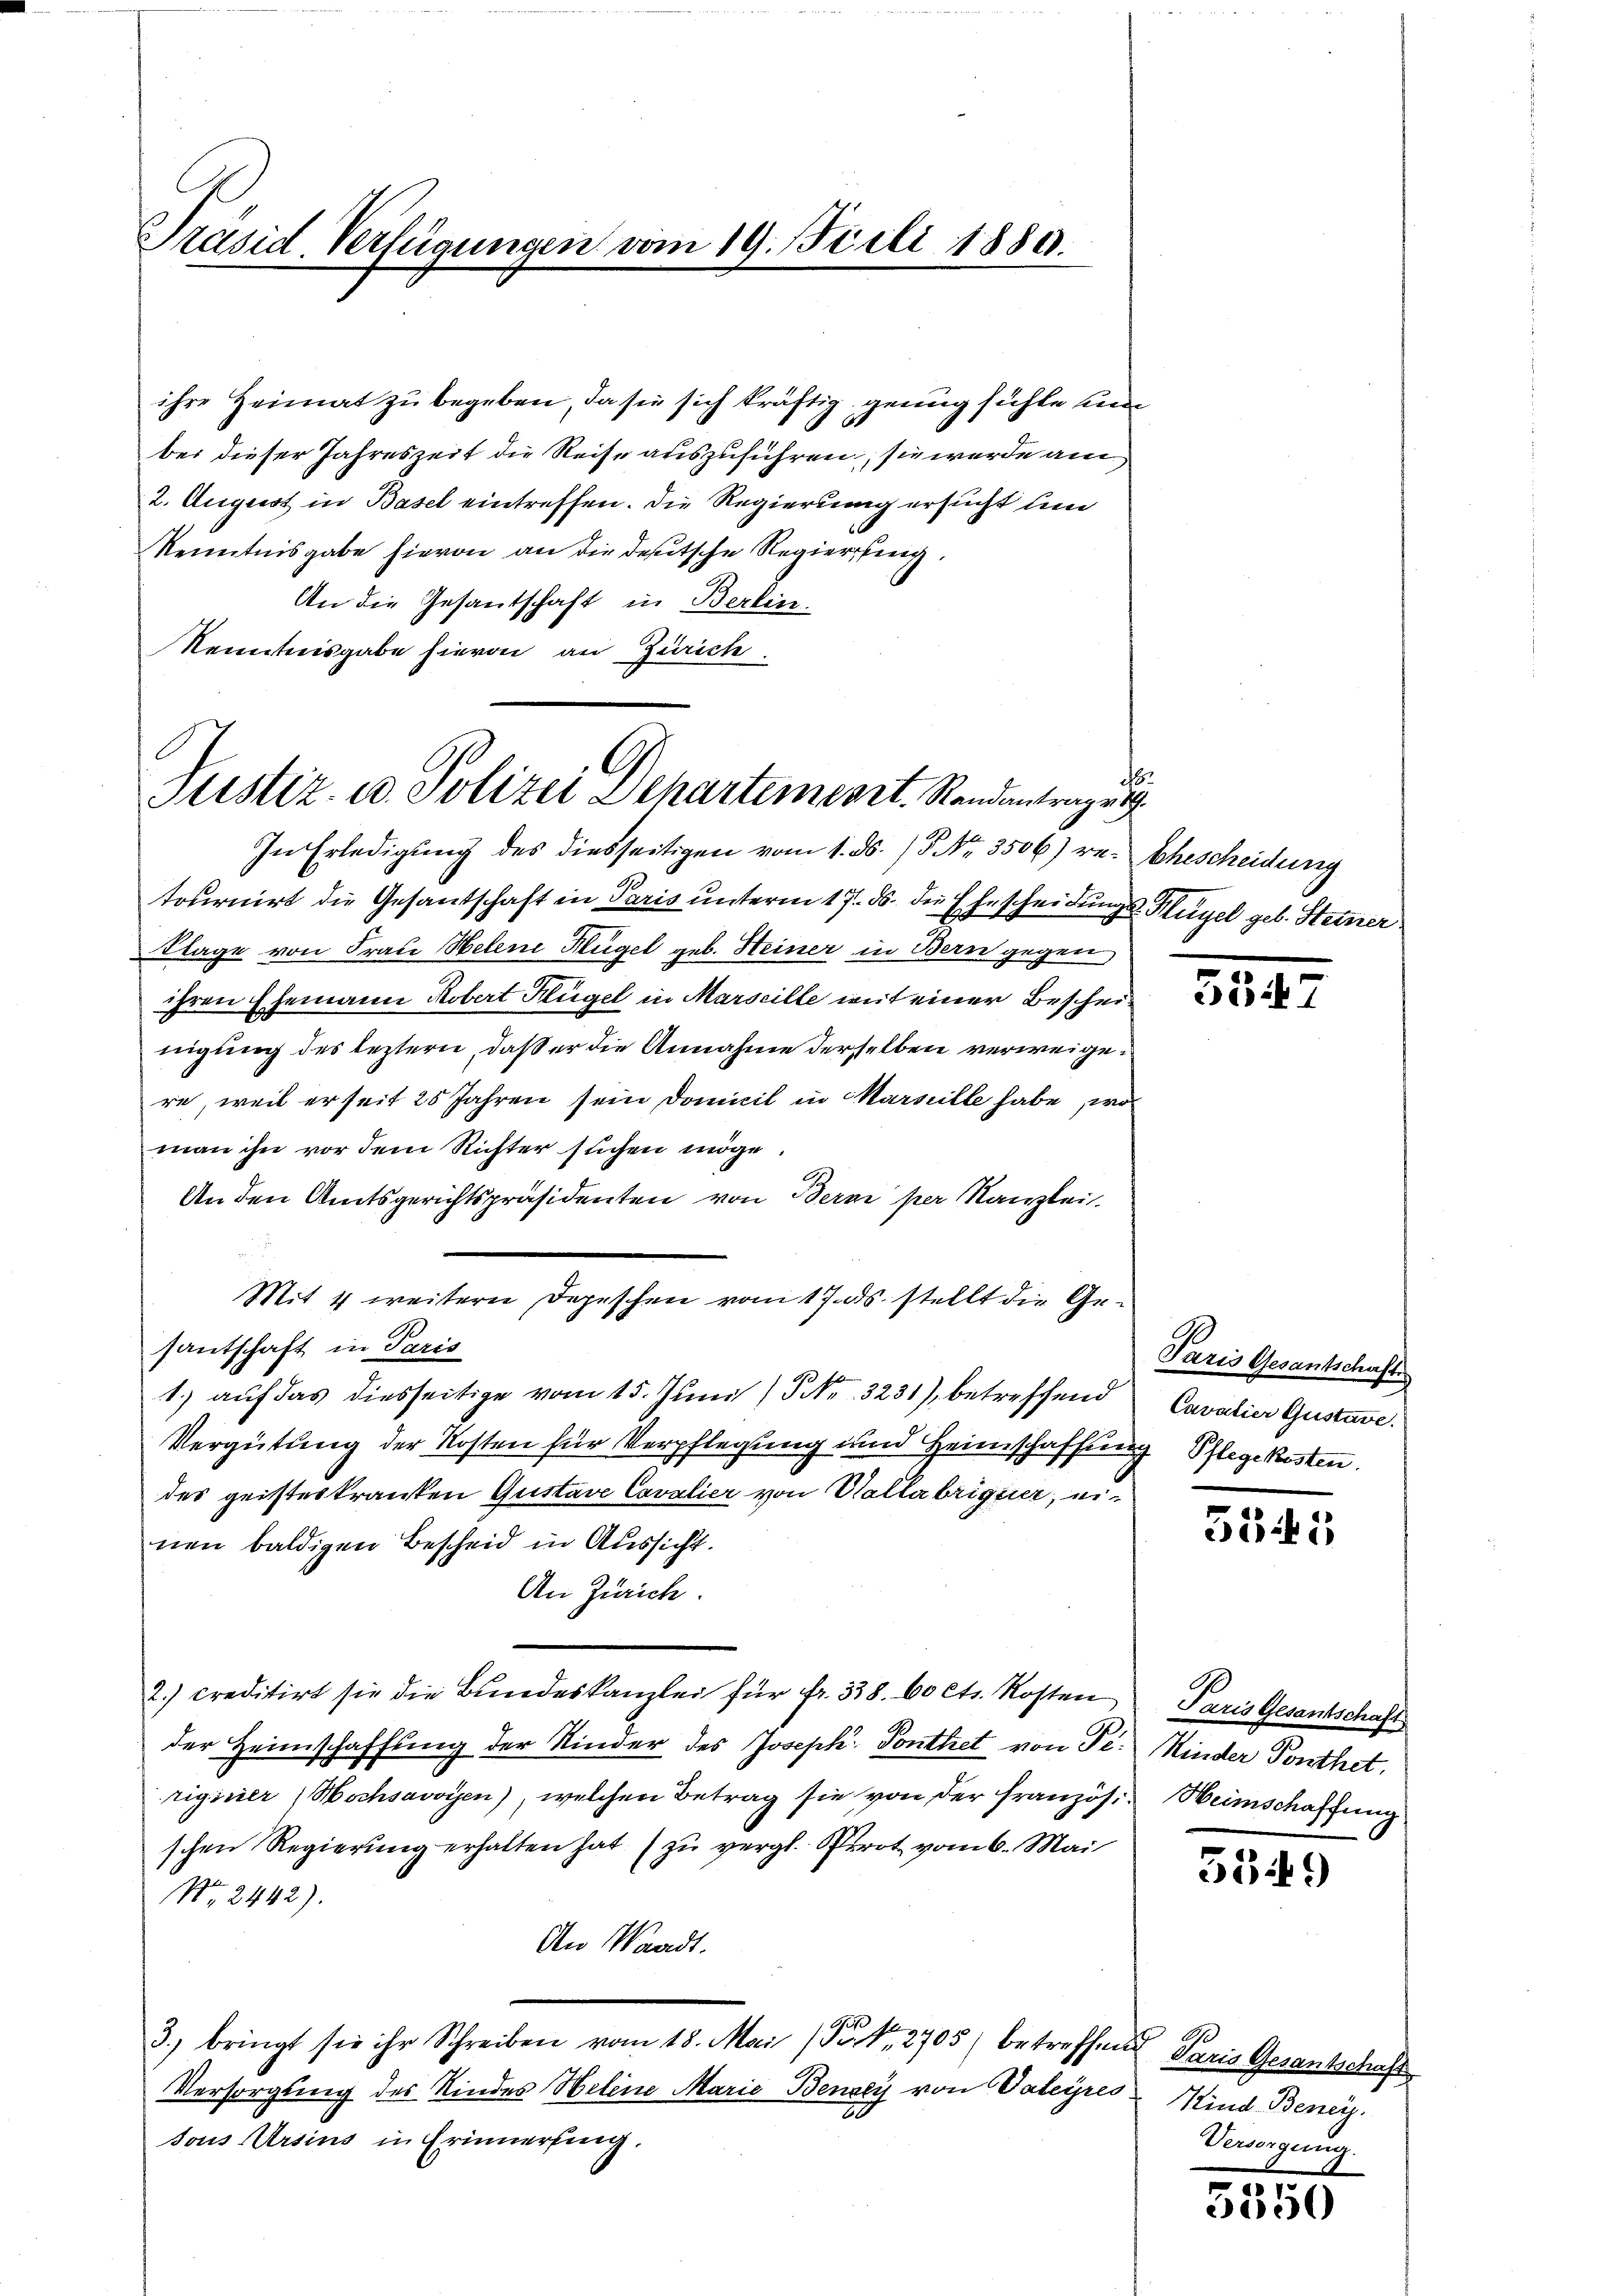
Präsid. Verfügungen vom 19. Juli 1889.

ihre Heimat zu begeben, da sie sich kräftig genug sichte un
ber dieser Jahreszeit die Reise auszuführen, sie werde am
2. August in Basel eintreffen. Die Regierung ersucht un
Kenntnisgabe hievon an die deutsche Regierung.
An die Gesantschaft in Berlin-
Kenntnisgabe hievon an Zürich

Justiz- u. Polizei Dehartemeort Randantragen

Mit 4 weitere Depeschen vom 17. ds. stellt die Ge¬

bt
.

In Erledigung des diesseitigen vom 1. ds. / Nr. 3506) re- Ehescheidung
tournirt die Gesandschaft in Paris unterm 17. ds. die Ehescheidung s. Hügel geb. Steiner
Klage von Frau Helene Flügel geb. Heiner in Bern gegen
ihren Ehemann Robert Klügel in Marseille mit einer Bescheinigung des leztern, daß er die Annahme derselben verweigere, weil er seit 25 Jahren sein Domicil in Marseille habe, wo
man ihn vor dem Richter suchen möge.
An den Amtsgerichtspräsidenten von Bern per Kanzlei.
santschaft in Paris
1.) auf das diesseitige vom 15. Juni / Nr. 3231), betreffend Cavalier Gustave.
Vergütung der Kosten für Verpflegung und Heimschaffung Pflegekosten.
des geisteskranken Gustave Cavalier von Kallabriquer, einen baldigen Bescheid in Aussicht.
An Zürich.
2.) creditirt sie die Bŭndeskanzlei für fr. 338. 60 Cts. Kosten Paris Gesantschaft
der Heimschaffung der Kinder des Joseph, Tonthet von Se. Kinder Ponthet,
rigirier, Hochsavoyen), welchen Betrag sie von der französ. Heimschaffung
schen Regierŭng erhalten hat zŭ vergl. Prot vom 6. Mai
Nr. 2442).
An Waadt.
s
3. bringt sie ihr Schreiben vom 18. Mai (Frk. 2705) betreffend daris Gesantschaft
Versorgung des Kindes Helene Marie Benzey von Valeyres Kind Beneisous Ursins in Erinnerung.

d.

5347

Paris Gesantschaft

5345

5549

0
Versorgung.

5550